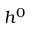
h ^ { 0 }